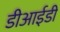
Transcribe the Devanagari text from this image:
डीआईडी